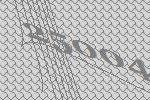
25004